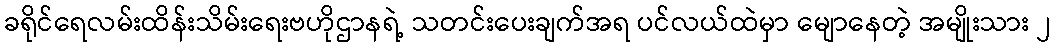
ခရိုင်ရေလမ်းထိန်းသိမ်းရေးဗဟိုဌာနရဲ့ သတင်းပေးချက်အရ ပင်လယ်ထဲမှာ မျောနေတဲ့ အမျိုးသား ၂